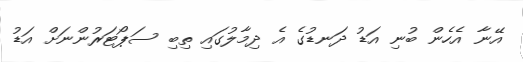
އޭނާ އެހެން ބުނި އަޑު ދަނޑުގެ އެ ދިމާލުގައި ތިބި ސަޕޯޓަރުންނަށް އަޑު